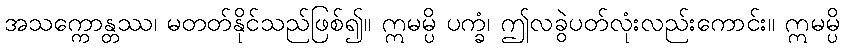
အသက္ကောန္တဿ၊ မတတ်နိုင်သည်ဖြစ်၍။ ဣမမ္ပိ ပက္ခံ၊ ဤလခွဲပတ်လုံးလည်းကောင်း။ ဣမမ္ပိ